Vaccination in Bombay 1924-1928 - 1924-1928
Year: 1924
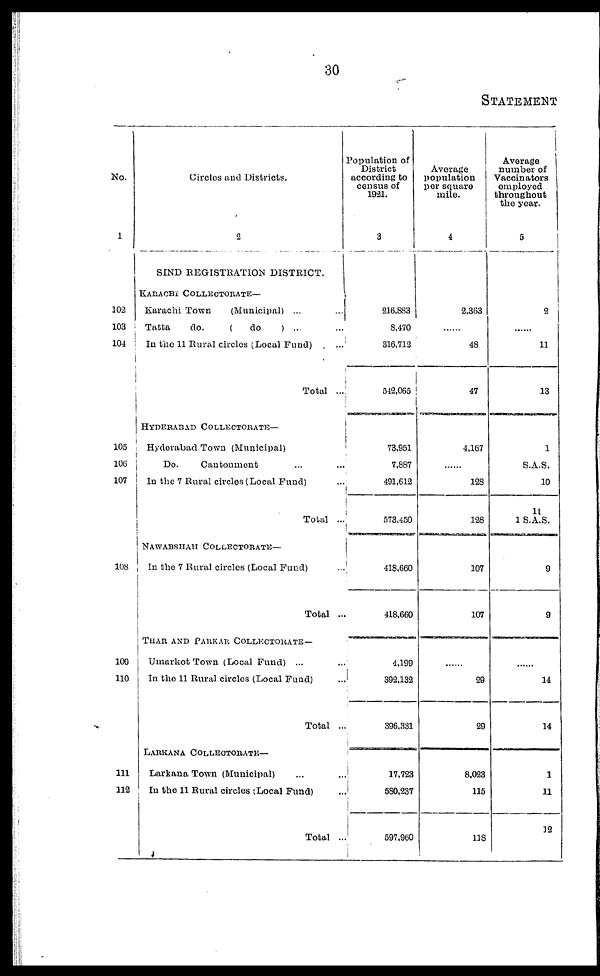
30
STATEMENT
No.
1
102
103
104
105
106
107
108
109
110
111
112
Circles and Districts.
2
SIND REGISTRATION DISTRICT.
KARACHI COLLECTORATE—
Karachi Town
(Municipal) ... ...
Tatta
do.
(
do.
) ... ...
In the 11 Rural circles (Local Fund) ...
Total ...
HYDERABAD COLLECTORATE—
Hyderabad Town (Municipal)
Do.
Cantonment ... ...
In the 7 Rural circles (Local Fund) ...
Total ...
NAWABSHAH COLLECTORATE—
In the 7 Rural circles (Local Fund) ...
Total ...
THAR AND PARKAR COLLECTORATE —
Umarkot Town (Local Fund) ... ...
In the 11 Rural circles (Local Fund) ... ...
Total ...
LARKANA COLLECTORATE—
Larkana Town (Municipal) ... ...
In the 11 Rural circles (Local Fund) ...
Total ...
Population of
District
according to
census of
1921.
3
216,883
8,470
316,713
542,065
73,951
7,887
491,612
573,450
418,660
418,660
4,199
392,132
396,331
17,723
580,237
597,960
Average
population
per square
mile.
4
2,363
......
48
47
4,167
......
128
128
107
107
......
29
29
8,023
115
118
Average
number of
Vaccinators
employed
throughout
the year.
5
2
......
11
13
1
S.A.S.
10
11
1 S.A.S.
9
9
......
14
14
1
11
12